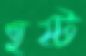
হষ্ট